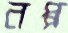
নপ্প